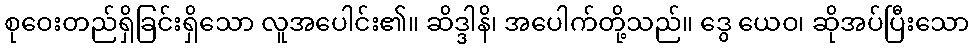
စုဝေးတည်ရှိခြင်းရှိသော လူအပေါင်း၏။ ဆိဒ္ဒါနိ၊ အပေါက်တို့သည်။ ဒွေ ယေဝ၊ ဆိုအပ်ပြီးသော